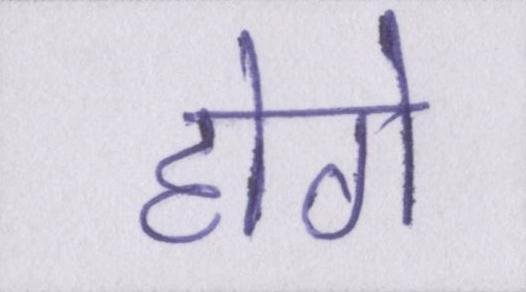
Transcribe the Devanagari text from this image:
होगे